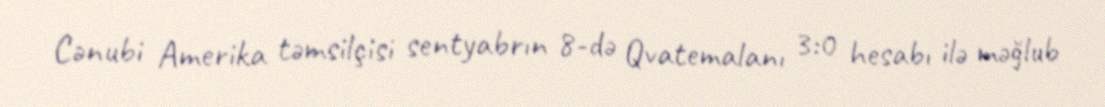
Cənubi Amerika təmsilçisi sentyabrın 8-də Qvatemalanı 3:0 hesabı ilə məğlub